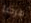
مرحبا